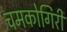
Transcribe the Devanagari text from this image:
चमकोगिरी